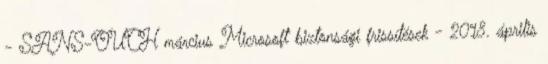
- SANS-OUCH március Microsoft biztonsági frissítések - 2018. április